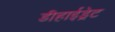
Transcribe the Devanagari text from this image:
डीहाईड्रेट